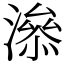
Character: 㵕